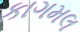
કાગમલ